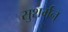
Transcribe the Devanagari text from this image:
सुशर्मन्